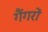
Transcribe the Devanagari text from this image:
गैंगरों